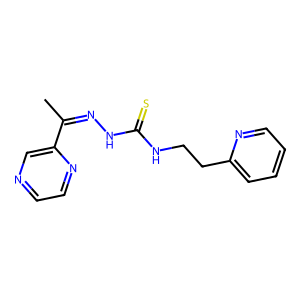
SMILES: CC(=NNC(=S)NCCc1ccccn1)c1cnccn1
Inhibits HIV replication: No